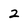
Character: 2